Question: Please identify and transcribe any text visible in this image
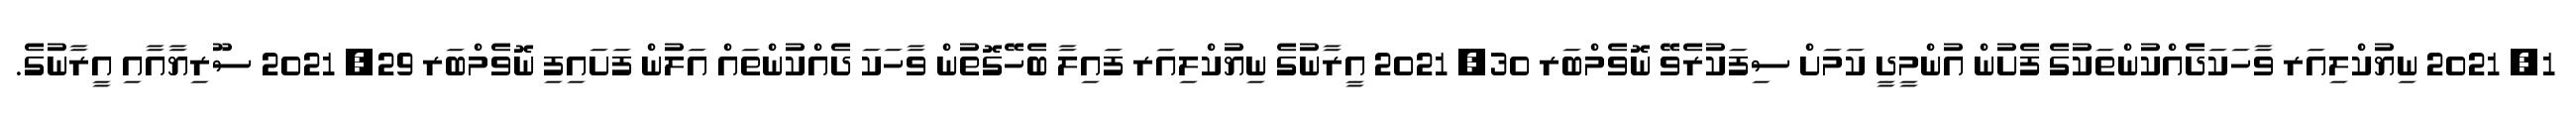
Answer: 1, 2021 ނިޔުކްލިއަރ ވާހަކަދެއްކުންތަކުގެ ފެށުން އުންމީދީ ކަމަށް ސިފަކުރެވޭ ނޮވެމްބަރ 30, 2021 އީރާނުގެ ނިޔުކްލިއަރ ފައިލާ ބެހޭގޮތުން ވާހަކަ ދެއްކުންތައް އަލުން ފަށައިފި ނޮވެމްބަރ 29, 2021 ސޫރިޔާއާއި އީރާނުގެ.